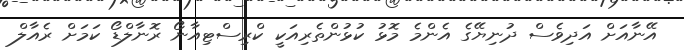
އޭނާއަށް އަދިވެސް ދުނިޔޭގެ އެންމެ މޮޅު ކުޅުންތެރިއަކީ ކްރިސްޓިއާނޯ ރޮނާލްޑޯ ކަމަށް ރެއާލް